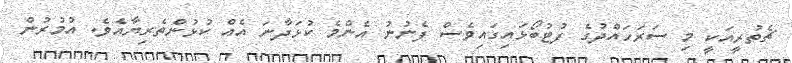
ޗެތުރީއަކީ މި ސަރަހައްދުގެ ފުޓުބޯޅައިގައިވެސް ފެނުނު އެންމެ ކުޅަދާނަ އެއް ކުޅުންތެރިޔާއެވެ. އުމުރުން